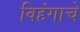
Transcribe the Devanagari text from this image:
विहंगाचे